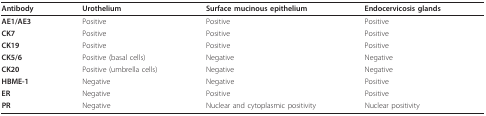
<table><thead><tr><td><b>Antibody</b></td><td><b>Urothelium</b></td><td><b>Surface mucinous epithelium</b></td><td><b>Endocervicosis glands</b></td></tr></thead><tbody><tr><td><b>AE1/AE3</b></td><td>Positive</td><td>Positive</td><td>Positive</td></tr><tr><td><b>CK7</b></td><td>Positive</td><td>Positive</td><td>Positive</td></tr><tr><td><b>CK19</b></td><td>Positive</td><td>Positive</td><td>Positive</td></tr><tr><td><b>CK5/6</b></td><td>Positive (basal cells)</td><td>Negative</td><td>Negative</td></tr><tr><td><b>CK20</b></td><td>Positive (umbrella cells)</td><td>Negative</td><td>Negative</td></tr><tr><td><b>HBME-1</b></td><td>Negative</td><td>Negative</td><td>Positive</td></tr><tr><td><b>ER</b></td><td>Negative</td><td>Positive</td><td>Positive</td></tr><tr><td><b>PR</b></td><td>Negative</td><td>Nuclear and cytoplasmic positivity</td><td>Nuclear positivity</td></tr></tbody></table>